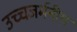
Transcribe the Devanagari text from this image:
उच्चजर्मनीय